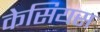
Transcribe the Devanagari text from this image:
केसियस